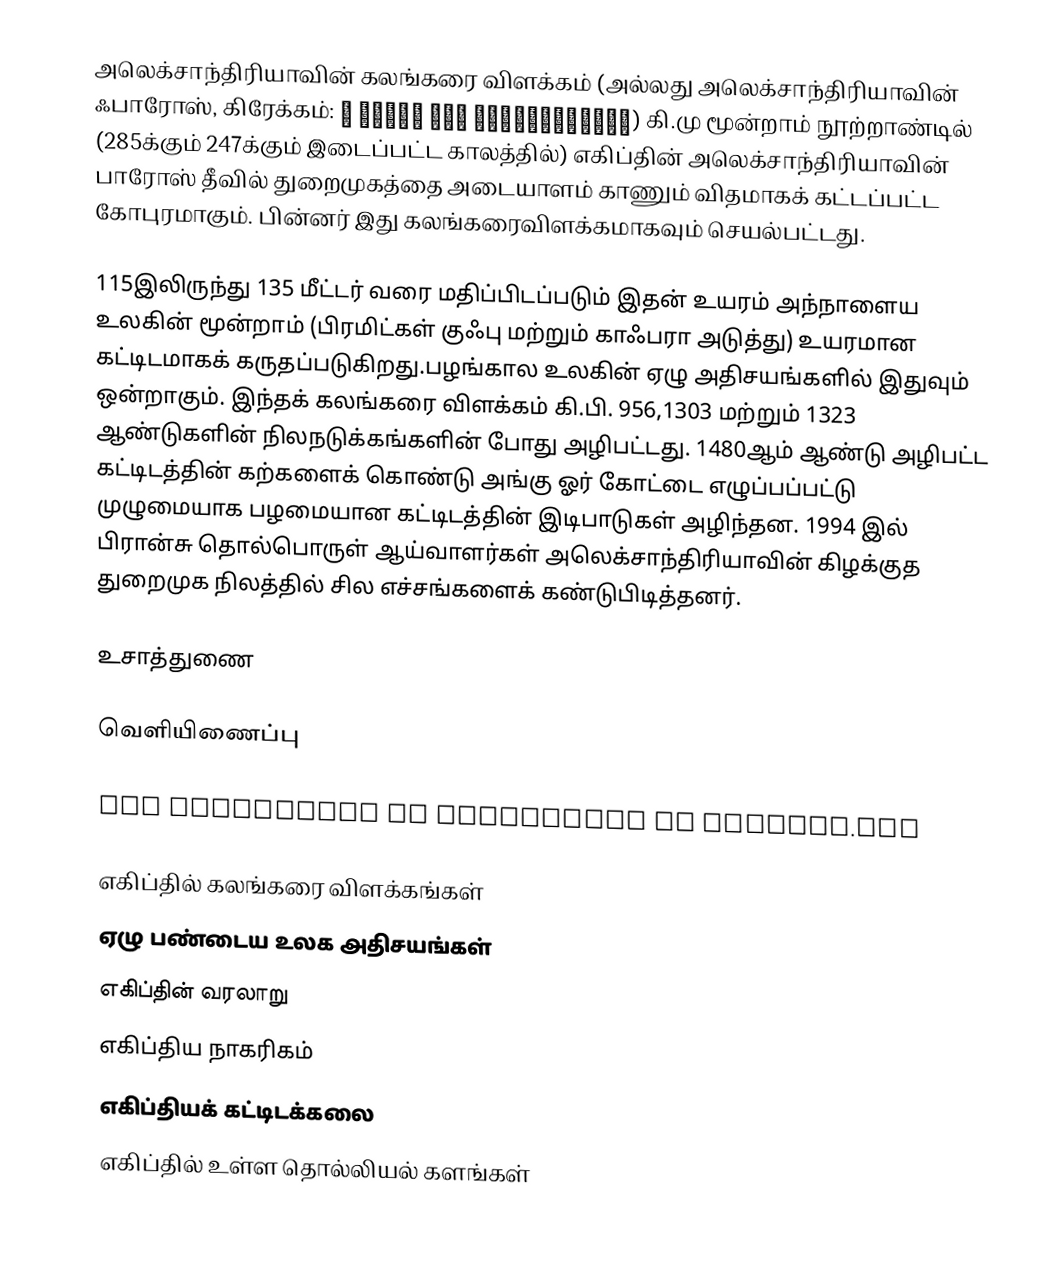
அலெக்சாந்திரியாவின் கலங்கரை விளக்கம் (அல்லது அலெக்சாந்திரியாவின் ஃபாரோஸ், கிரேக்கம்: ὁ Φάρος τῆς Ἀλεξανδρείας) கி.மு மூன்றாம் நூற்றாண்டில் (285க்கும் 247க்கும் இடைப்பட்ட காலத்தில்) எகிப்தின் அலெக்சாந்திரியாவின் பாரோஸ் தீவில் துறைமுகத்தை அடையாளம் காணும் விதமாகக் கட்டப்பட்ட கோபுரமாகும். பின்னர் இது கலங்கரைவிளக்கமாகவும் செயல்பட்டது.

115இலிருந்து 135 மீட்டர் வரை மதிப்பிடப்படும் இதன் உயரம் அந்நாளைய உலகின் மூன்றாம் (பிரமிட்கள் குஃபு மற்றும் காஃபரா அடுத்து) உயரமான கட்டிடமாகக் கருதப்படுகிறது.பழங்கால உலகின் ஏழு அதிசயங்களில் இதுவும் ஒன்றாகும். இந்தக் கலங்கரை விளக்கம் கி.பி. 956,1303 மற்றும் 1323 ஆண்டுகளின் நிலநடுக்கங்களின் போது அழிபட்டது. 1480ஆம் ஆண்டு அழிபட்ட கட்டிடத்தின் கற்களைக் கொண்டு அங்கு ஓர் கோட்டை எழுப்பப்பட்டு முழுமையாக பழமையான கட்டிடத்தின் இடிபாடுகள் அழிந்தன. 1994 இல் பிரான்சு தொல்பொருள் ஆய்வாளர்கள் அலெக்சாந்திரியாவின் கிழக்குத துறைமுக நிலத்தில் சில எச்சங்களைக் கண்டுபிடித்தனர்.

உசாத்துணை

வெளியிணைப்பு

The Lighthouse at Alexandria at history.com

எகிப்தில் கலங்கரை விளக்கங்கள்
ஏழு பண்டைய உலக அதிசயங்கள்
எகிப்தின் வரலாறு
எகிப்திய நாகரிகம்
எகிப்தியக் கட்டிடக்கலை
எகிப்தில் உள்ள தொல்லியல் களங்கள்